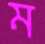
ম